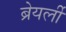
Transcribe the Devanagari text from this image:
ब्रेयर्ली